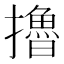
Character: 擼